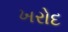
ખરોદ